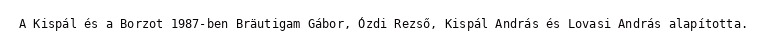
A Kispál és a Borzot 1987-ben Bräutigam Gábor, Ózdi Rezső, Kispál András és Lovasi András alapította.